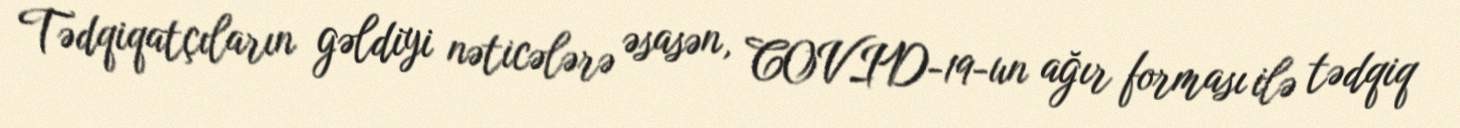
Tədqiqatçıların gəldiyi nəticələrə əsasən, COVID-19-un ağır forması ilə tədqiq